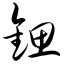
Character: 锶